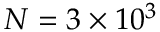
N = 3 \times 1 0 ^ { 3 }